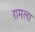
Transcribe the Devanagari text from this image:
रामला